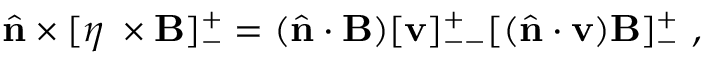
\hat { \mathbf { n } } \times [ \eta \mathbf { \nabla } \times \mathbf { B } ] _ { - } ^ { + } = ( \hat { \mathbf { n } } \cdot \mathbf { B } ) [ \mathbf { v } ] _ { -- } ^ { + } [ ( \hat { \mathbf { n } } \cdot \mathbf { v } ) \mathbf { B } ] _ { - } ^ { + } ~ ,